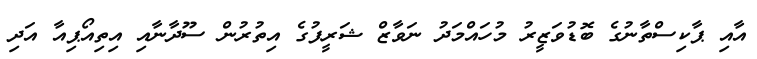
އާއި ޕާކިސްތާނުގެ ބޮޑުވަޒީރު މުހައްމަދު ނަވާޒް ޝަރީފުގެ އިތުރުން ސޫދާނާއި އިތިއޯޕިއާ އަދި